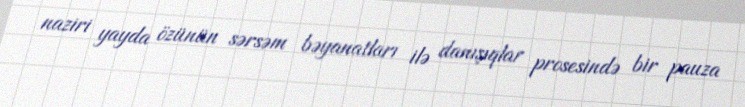
naziri yayda özünün sərsəm bəyanatları ilə danışıqlar prosesində bir pauza